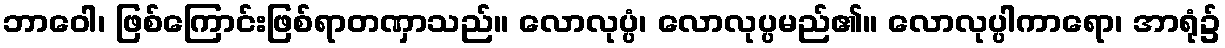
ဘာဝေါ၊ ဖြစ်ကြောင်းဖြစ်ရာတဏှာသည်။ လောလုပ္ပံ၊ လောလုပ္ပမည်၏။ လောလုပ္ပါကာရော၊ အာရုံ၌